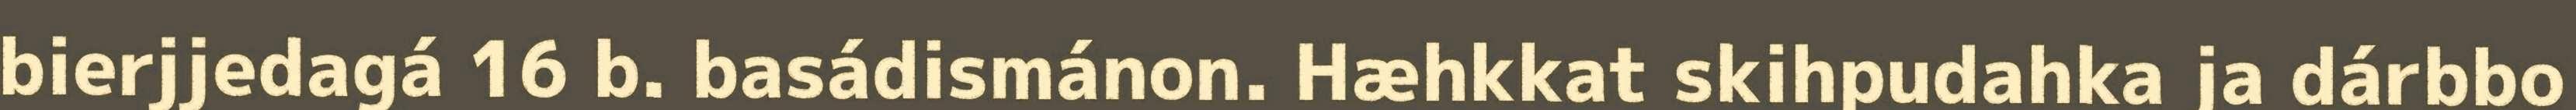
bierjjedagá 16 b. basádismánon. Hæhkkat skihpudahka ja dárbbo